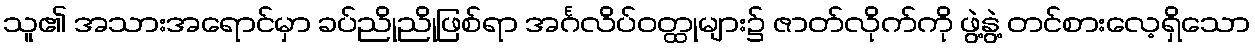
သူ၏ အသားအရောင်မှာ ခပ်ညိုညိုဖြစ်ရာ အင်္ဂလိပ်ဝတ္ထုများ၌ ဇာတ်လိုက်ကို ဖွဲ့နွဲ့ တင်စားလေ့ရှိသော